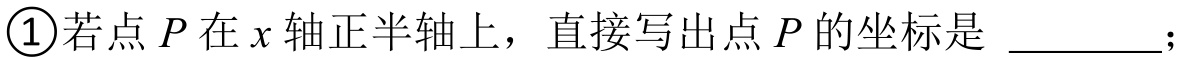
\textcircled{1}若点\(P\)在\(x\)轴正半轴上，直接写出点\(P\)的坐标是  ；